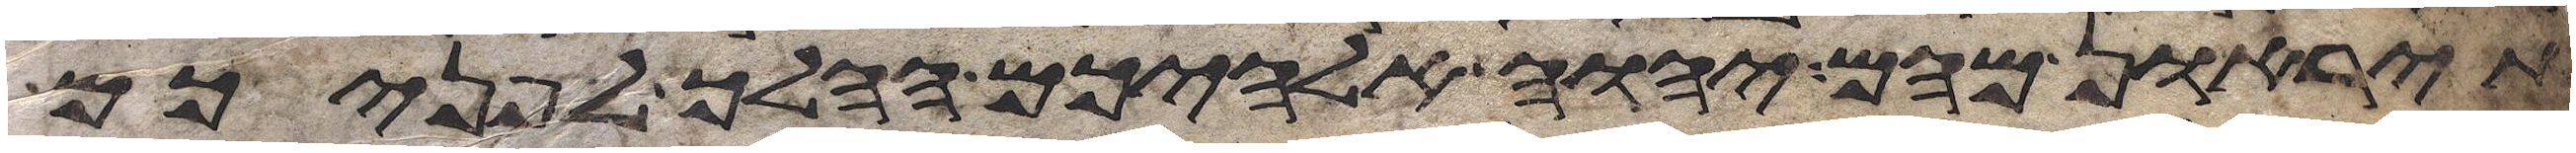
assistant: תיראון מהם יהוה אלהיכם ההלך לפניכם